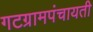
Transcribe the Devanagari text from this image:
गटग्रामपंचायती